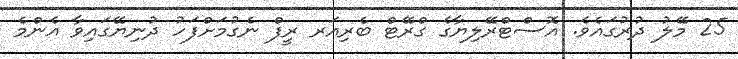
25 މޭލު ދުރުގައެވެ. އޮސްޓްރޭލިޔާގެ ގްރޭޓް ބެރިއަރ ރީފް ނެގުމަށްފަހު ދުނިޔޭގައިވާ އެންމެ